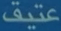
عتيق